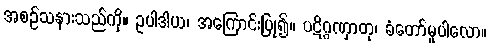
အစဉ်သနားသည်ကို။ ဥပါဒါယ၊ အကြောင်းပြု၍။ ပဋိဂ္ဂဏှာတု၊ ခံတော်မူပါလော။